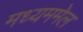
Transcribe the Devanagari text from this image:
मध्यममेल